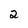
Character: 2